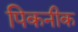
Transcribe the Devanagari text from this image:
पिकनीक